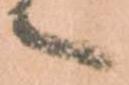
へ